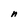
Character: n